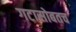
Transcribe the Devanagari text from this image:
गटासोबतच